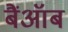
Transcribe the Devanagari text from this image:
बैंऑब